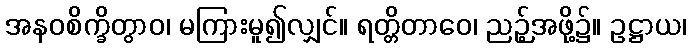
အနဝစိက္ခိတွာဝ၊ မကြားမူ၍လျှင်။ ရတ္တိတာဝေ၊ ညဉ့်အဖို့၌။ ဥဋ္ဌာယ၊